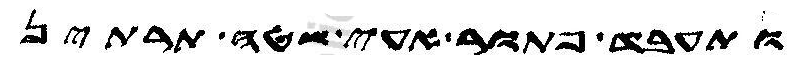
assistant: ותעבד פתור עאי שטה תרתין